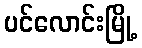
ပင်လောင်းမြို့